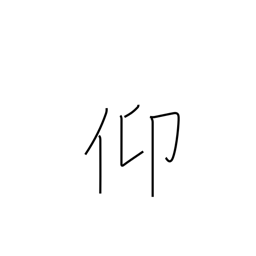
Meaning: seek